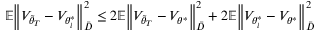
\mathbb { E } \Big \lVert V _ { \tilde { \theta } _ { T } } - V _ { \theta _ { i } ^ { * } } \Big \rVert _ { \bar { D } } ^ { 2 } \le 2 \mathbb { E } \Big \lVert V _ { \tilde { \theta } _ { T } } - V _ { \theta ^ { * } } \Big \rVert _ { \bar { D } } ^ { 2 } + 2 \mathbb { E } \Big \lVert V _ { \theta _ { i } ^ { * } } - V _ { \theta ^ { * } } \Big \rVert _ { \bar { D } } ^ { 2 }